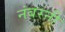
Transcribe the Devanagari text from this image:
नंबरनी